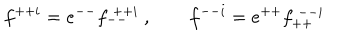
f ^ { + + i } = e ^ { -- } f _ { -- } ^ { ~ + + i } ~ , \qquad f ^ { -- i } = e ^ { + + } f _ { + + } ^ { ~ -- i }